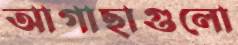
আগাছাগুলো